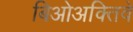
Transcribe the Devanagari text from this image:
बिओअक्तिवे